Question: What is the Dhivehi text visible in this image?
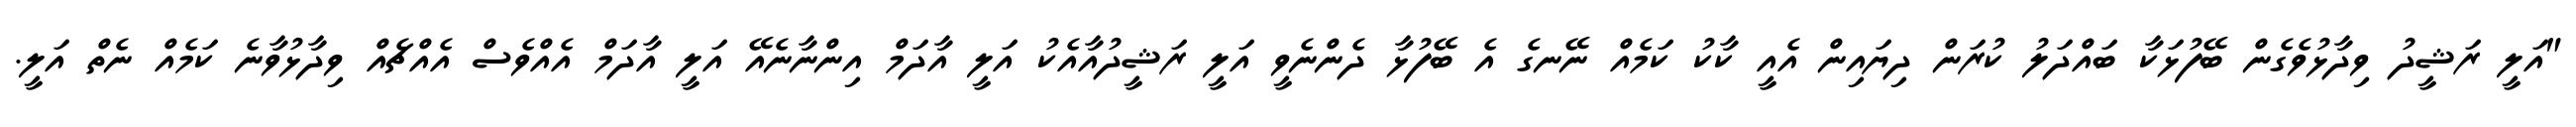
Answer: "އަލީ ރަޝީދު ވިދާޅުވެގެން ބޭފުޅަކާ ބައްދަލު ކުރަން ދިޔައިން އެއީ ކާކު ކަމެއް ނޭނގެ އެ ބޭފުޅާ ދެންނެވީ އަލީ ރަޝީދުއާއެކު އަލީ އާދަމް އިންނާނެއޭ އަލީ އާދަމް އެއްވެސް އެއްޗެއް ވިދާޅުވާނެ ކަމެއް ނެތް އަލީ.